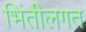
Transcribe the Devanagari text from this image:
भिंतीलगत